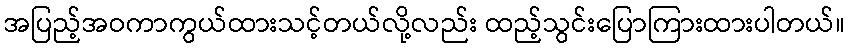
အပြည့်အဝကာကွယ်ထားသင့်တယ်လို့လည်း ထည့်သွင်းပြောကြားထားပါတယ်။